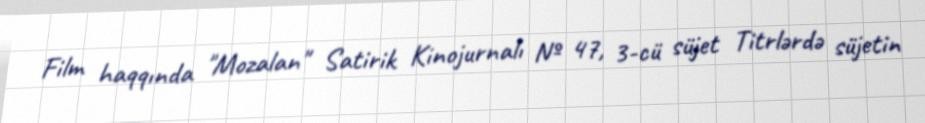
Film haqqında "Mozalan" Satirik Kinojurnalı № 47, 3-cü süjet Titrlərdə süjetin